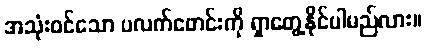
အသုံးဝင်သော ပလက်ဖောင်းကို ရှာတွေ့နိုင်ပါမည်လား။